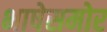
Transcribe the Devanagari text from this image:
भाषेसमोर